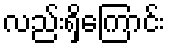
လည်းရှိကြောင်း